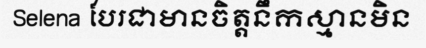
Selena បែរជាមានចិត្តនឹកស្មានមិន